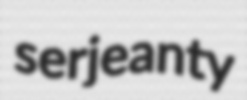
serjeanty